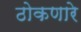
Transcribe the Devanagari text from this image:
ठोकणारे